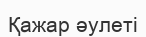
Қажар әулеті